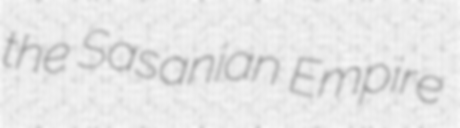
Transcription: the Sasanian Empire